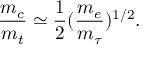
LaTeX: \frac { m _ { c } } { m _ { t } } \simeq \frac { 1 } { 2 } ( \frac { m _ { e } } { m _ { \tau } } ) ^ { 1 / 2 } .